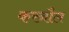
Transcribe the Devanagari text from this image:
करनौल